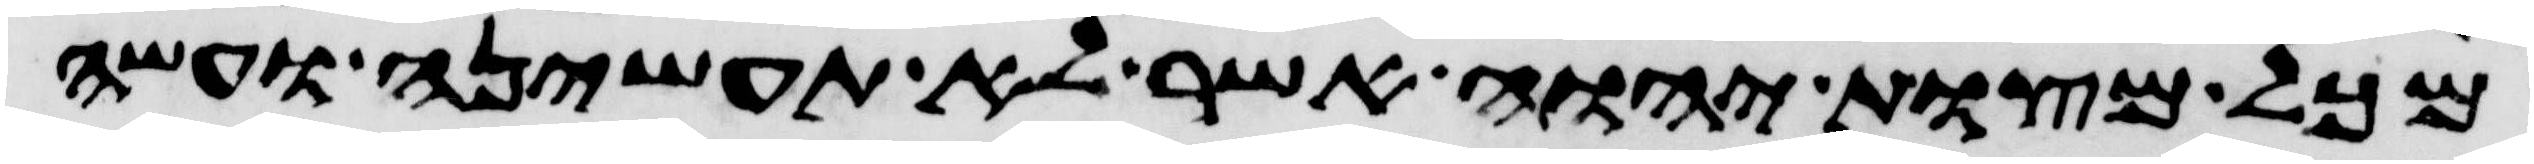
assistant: מכל מצות יהוה אשר לא תעשיהן ועשה